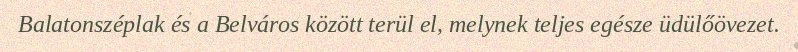
Balatonszéplak és a Belváros között terül el, melynek teljes egésze üdülőövezet.